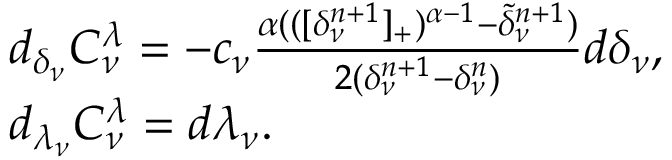
\begin{array} { r l } & { d _ { \delta _ { \nu } } { \cal C } _ { \nu } ^ { \lambda } = - c _ { \nu } \frac { \alpha ( ( [ \delta _ { \nu } ^ { n + 1 } ] _ { + } ) ^ { \alpha - 1 } - \widetilde \delta _ { \nu } ^ { n + 1 } ) } { 2 ( \delta _ { \nu } ^ { n + 1 } - \delta _ { \nu } ^ { n } ) } d { \delta _ { \nu } } , } \\ & { d _ { \lambda _ { \nu } } { \cal C } _ { \nu } ^ { \lambda } = d { \lambda _ { \nu } } . } \end{array}